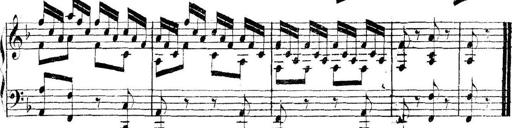
Title: Collected Piano Sonatas
Composer: Muzio Clementi